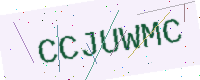
Text: CCJUWMC